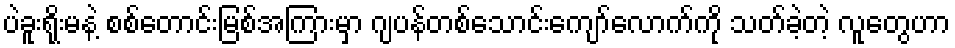
ပဲခူးရိုးမနဲ့ စစ်တောင်းမြစ်အကြားမှာ ဂျပန်တစ်သောင်းကျော်လောက်ကို သတ်ခဲ့တဲ့ လူတွေဟာ